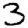
Digit: 3